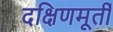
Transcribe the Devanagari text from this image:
दक्षिणमूर्ती